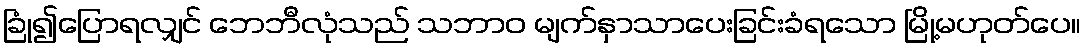
ခြုံ၍ပြောရလျှင် ဘေဘီလုံသည် သဘာဝ မျက်နှာသာပေးခြင်းခံရသော မြို့မဟုတ်ပေ။